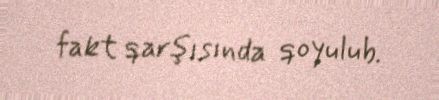
fakt qarşısında qoyulub.